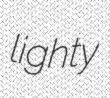
lighty